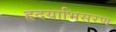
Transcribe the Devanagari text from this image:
हृदयाभिसरण